Rangoon Lunatic Asylum 1893-1897 - 1893-1897
Year: 1893
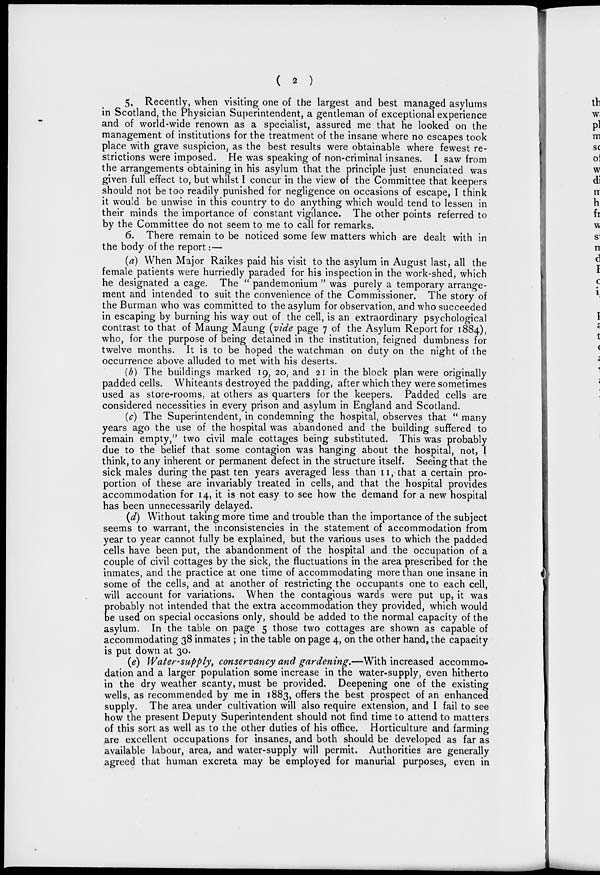
( 2 )
5. Recently, when visiting one of the largest and best managed asylums
in Scotland, the Physician Superintendent, a gentleman of exceptional experience
and of world-wide renown as a specialist, assured me that he looked on the
management of institutions for the treatment of the insane where no escapes took
place with grave suspicion, as the best results were obtainable where fewest re-
strictions were imposed. He was speaking of non-criminal insanes. I saw from
the arrangements obtaining in his asylum that the principle just enunciated was
given full effect to, but whilst I concur in the view of the Committee that keepers
should not be too readily punished for negligence on occasions of escape, I think
it would be unwise in this country to do anything which would tend to lessen in
their minds the importance of constant vigilance. The other points referred to
by the Committee do not seem to me to call for remarks.
6. There remain to be noticed some few matters which are dealt with in
the body of the report:—
(a) When Major Raikes paid his visit to the asylum in August last, all the
female patients were hurriedly paraded for his inspection in the work-shed, which
he designated a cage. The " pandemonium " was purely a temporary arrange-
ment and intended to suit the convenience of the Commissioner. The story of
the Burman who was committed to the asylum for observation, and who succeeded
in escaping by burning his way out of the cell, is an extraordinary psychological
contrast to that of Maung Maung (vide page 7 of the Asylum Report for 1884),
who, for the purpose of being detained in the institution, feigned dumbness for
twelve months. It is to be hoped the watchman on duty on the night of the
occurrence above alluded to met with his deserts.
(b) The buildings marked 19, 20, and 21 in the block plan were originally
padded cells. Whiteants destroyed the padding, after which they were sometimes
used as store-rooms, at others as quarters for the keepers. Padded cells are
considered necessities in every prison and asylum in England and Scotland.
(c) The Superintendent, in condemning the hospital, observes that " many
years ago the use of the hospital was abandoned and the building suffered to
remain empty," two civil male cottages being substituted. This was probably
due to the belief that some contagion was hanging about the hospital, not, I
think, to any inherent or permanent defect in the structure itself. Seeing that the
sick males during the past ten years averaged less than 11, that a certain pro-
portion of these are invariably treated in cells, and that the hospital provides
accommodation for 14, it is not easy to see how the demand for a new hospital
has been unnecessarily delayed.
(d) Without taking more time and trouble than the importance of the subject
seems to warrant, the inconsistencies in the statement of accommodation from
year to year cannot fully be explained, but the various uses to which the padded
cells have been put, the abandonment of the hospital and the occupation of a
couple of civil cottages by the sick, the fluctuations in the area prescribed for the
inmates, and the practice at one time of accommodating more than one insane in
some of the cells, and at another of restricting the occupants one to each cell,
will account for variations. When the contagious wards were put up, it was
probably not intended that the extra accommodation they provided, which would
be used on special occasions only, should be added to the normal capacity of the
asylum. In the table on page 5 those two cottages are shown as capable of
accommodating 38 inmates ; in the table on page 4, on the other hand, the capacity
is put down at 30.
(e) Water-supply, conservancy and gardening.—With increased accommo-
dation and a larger population some increase in the water-supply, even hitherto
in the dry weather scanty, must be provided. Deepening one of the existing
wells, as recommended by me in 1883, offers the best prospect of an enhanced
supply. The area under cultivation will also require extension, and I fail to see
how the present Deputy Superintendent should not find time to attend to matters
of this sort as well as to the other duties of his office. Horticulture and farming
are excellent occupations for insanes, and both should be developed as far as
available labour, area, and water-supply will permit. Authorities are generally
agreed that human excreta may be employed for manurial purposes, even in